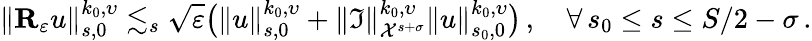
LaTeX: \| {\mathbf R}_{\varepsilon}u\| _{s,0}^{k_{0},\upsilon}\lesssim_{s}\sqrt{\varepsilon}\big(\| u\| _{s,0}^{k_{0},\upsilon}+\| {\mathfrak I}\| _{{\cal X}^{s+\sigma}}^{k_{0},\upsilon}\| u\| _{s_{0},0}^{k_{0},\upsilon}\big)\, ,\quad\forall\, s_{0}\leq s\leq S/2-\sigma\, .